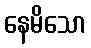
နေမိသော